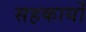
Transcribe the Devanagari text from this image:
सहकार्यों